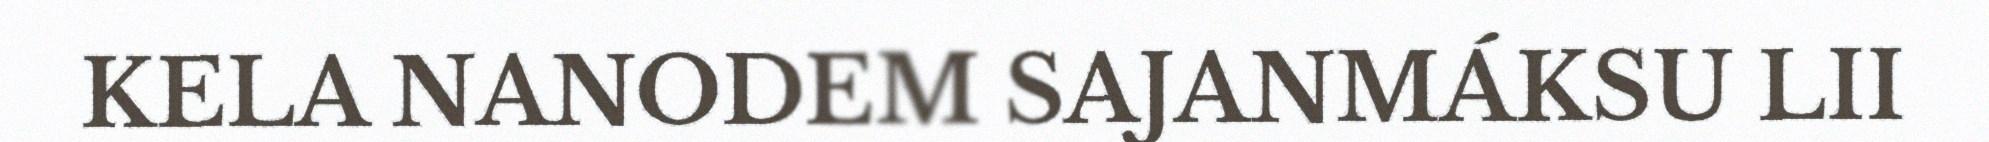
KELA NANODEM SAJANMÁKSU LII